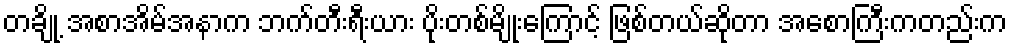
တချို့ အစာအိမ်အနာက ဘက်တီးရီးယား ပိုးတစ်မျိုးကြောင့် ဖြစ်တယ်ဆိုတာ အစောကြီးကတည်းက